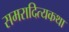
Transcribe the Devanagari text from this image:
समरादित्यकथा